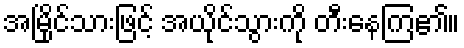
အမြိုင်သားဖြင့် အယိုင်သွားကို တီးနေကြ၏။